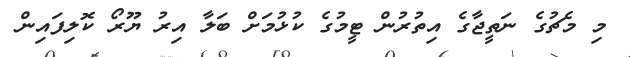
މި މެޗުގެ ނަތީޖާގެ އިތުރުން ޓީމުގެ ކުޅުމަށް ބަލާ އިރު ޔޫރޯ ކޮލިފައިން